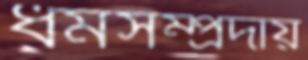
ধর্মসম্প্রদায়